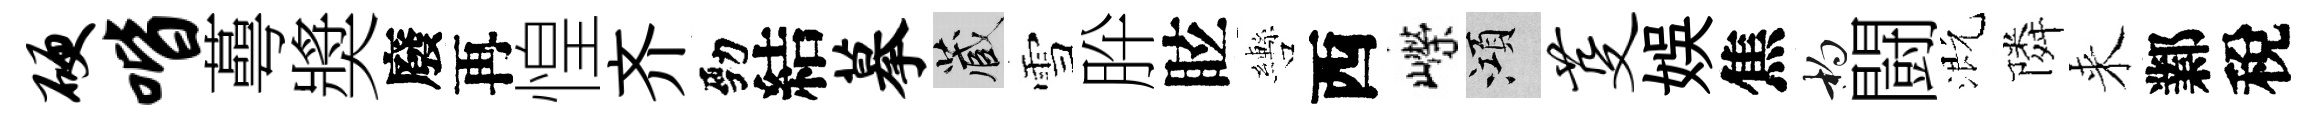
硬喈蕚奬廢再惶齐勁結摹藏雪肸眩轡西嶸澒芟娱焦杓闘溉隣来鄴稅